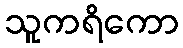
သူကရိကော